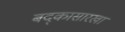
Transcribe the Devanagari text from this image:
बद्कासारखा